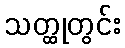
သတ္ထုတွင်း